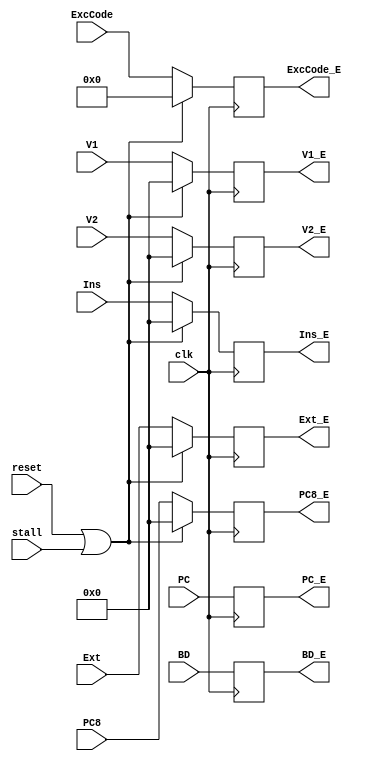
// This program was cloned from: https://github.com/SilenceX12138/MIPS-Microsystems
// License: MIT License

`timescale 1ns / 1ps

module EReg(clk,reset,stall,Ins,V1,V2,Ext,PC,PC8,ExcCode,BD,Ins_E,V1_E,V2_E,Ext_E,PC_E,PC8_E,ExcCode_E,BD_E);
//interface
    input clk;
    input reset;
    input stall;

    input [31:0] Ins;
    input [31:0] V1;
    input [31:0] V2;
    input [31:0] Ext;

    input [31:0] PC;
    input [31:0] PC8;

    input [6:2] ExcCode;
    input BD;

    output reg [31:0] Ins_E;
    output reg [31:0] V1_E;
    output reg [31:0] V2_E;
    output reg [31:0] Ext_E;
    
    output reg [31:0] PC_E;
    output reg [31:0] PC8_E;

    output reg [6:2] ExcCode_E;
    output reg BD_E;

//sequential logic
    /*
	initial
		begin
			Ins_E=0;
			V1_E=0;
			V2_E=0;
			Ext_E=0;
			PC_E=0;
			PC8_E=0;
            ExcCode_E=0;
            BD_E=0;
		end
	*/
    
    always @(posedge clk)
        begin
            if(reset||stall)
                begin
                    Ins_E<=0;
                    V1_E<=0;
                    V2_E<=0;
                    Ext_E<=0;
                    PC_E<=PC;       //stick PC_D and keep on piping
                    PC8_E<=0;
                    ExcCode_E<=0;
                    BD_E<=BD;       //stick BD_D and keep on piping
                end 
            else
                begin
                    Ins_E<=Ins;
                    V1_E<=V1;
                    V2_E<=V2;
                    Ext_E<=Ext;
                    PC_E<=PC;
                    PC8_E<=PC8;
                    ExcCode_E<=ExcCode;
                    BD_E<=BD;
                end
        end

endmodule